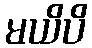
မယိပိ